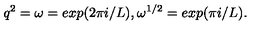
q ^ { 2 } = \omega = e x p ( 2 \pi i / L ) , \omega ^ { 1 / 2 } = e x p ( \pi i / L ) .